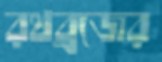
রথব্রজের